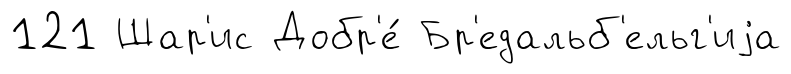
121 Шар'ис Добр'е́ Бр'едальб'ельг'иjа